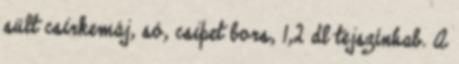
sült csirkemáj, só, csipet bors, 1,2 dl tejszínhab. A